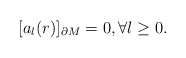
\begin{align*}[a_{l}(r)]_{\partial M}=0, \forall l \geq 0.\end{align*}